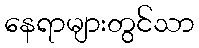
နေရာများတွင်သာ